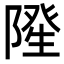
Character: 𮥓